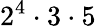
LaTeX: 2^{4}\cdot 3\cdot 5